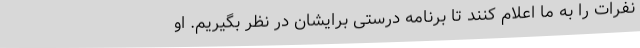
نفرات را به ما اعلام کنند تا برنامه درستی برایشان در نظر بگیریم. او